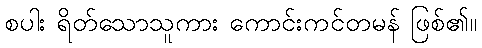
စပါး ရိတ်သောသူကား ကောင်းကင်တမန် ဖြစ်၏။